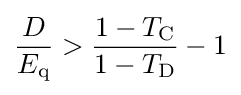
{\frac {D}{E_{\text{q}}}}>{\frac {1-T_{\text{C}}}{1-T_{\text{D}}}}-1